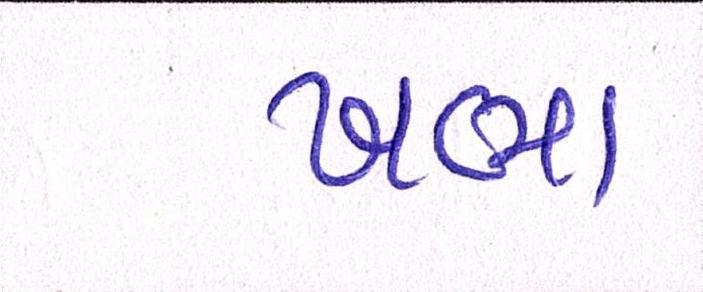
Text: ખભા